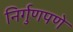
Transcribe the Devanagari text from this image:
निर्गुणपणे